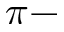
\pi -